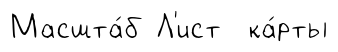
Масшта́б Л'ист ка́рты